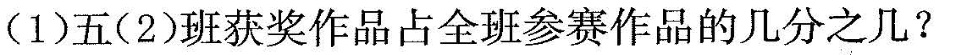
(1)五(2)班获奖作品占全班参赛作品的几分之几?